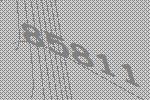
85811